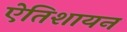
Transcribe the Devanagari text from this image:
ऐतिशायन